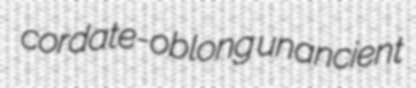
cordate-oblong unancient